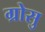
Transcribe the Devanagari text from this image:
ग्रोसु